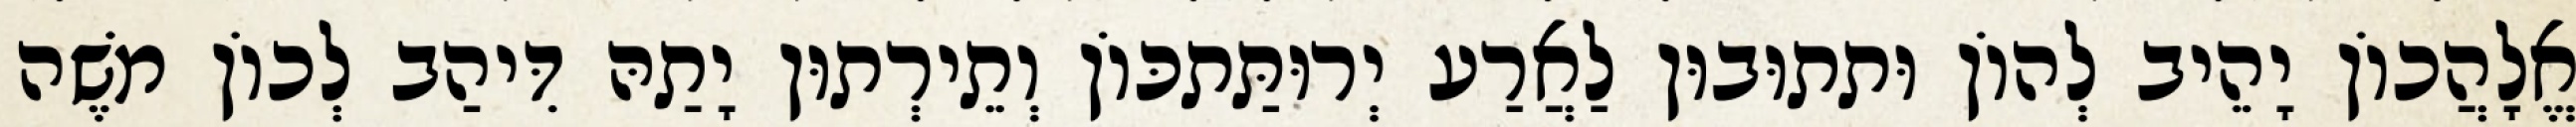
אֱלָהֲכוֹן יָהֵיב לְהוֹן וּתתוּבוּן לַאֲרַע יְרוּתַּתכּוֹן וְתֵירְתוּן יָתַהּ דִּיהַב לְכוֹן מֹשֶׁה